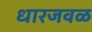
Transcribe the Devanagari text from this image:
धारजवळ